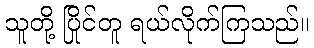
သူတို့ ပြိုင်တူ ရယ်လိုက်ကြသည်။